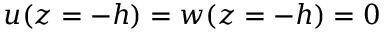
u ( z = - h ) = w ( z = - h ) = 0